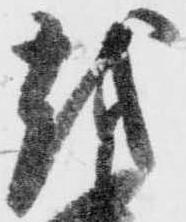
越